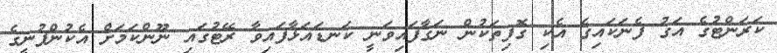
ކަރަންޓުގެ އަގު ފެނަކައިގެ އެކި ގޮފިތަކުން ނަގާފައިވަނީ ކަނޑައަޅާފައިވާ ރޭޓުގައި ނޫންކަމަށް އެކުންފުނީގެ